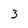
Character: 3